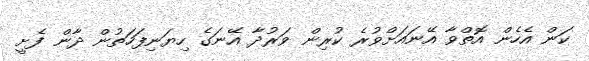
ކަން އެހެން އޮތްވާ އޭނައަށްވުރެ ކުރިން ވަރުދާ އޭނަގެ ހިޔަނިފަހަތުން ދާން ފެށީ